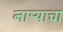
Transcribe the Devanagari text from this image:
नाऱ्याचा